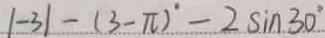
\vert - 3 \vert - ( 3 - \pi ) ^ { \circ } - 2 \sin 3 0 ^ { \circ }